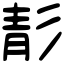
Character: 𩇕